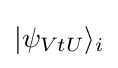
\vert \psi _{VtU}\rangle _{i}